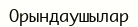
Орындаушылар